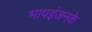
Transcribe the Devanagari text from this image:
भापइंजनके